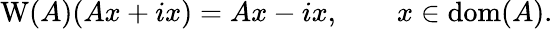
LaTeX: \operatorname{W}(A)(Ax+ix)=Ax-ix,\qquad x\in\operatorname{dom}(A).